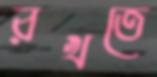
রখতে